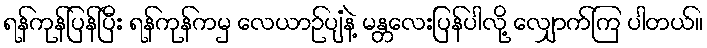
ရန်ကုန်ပြန်ပြီး ရန်ကုန်ကမှ လေယာဉ်ပျံနဲ့ မန္တလေးပြန်ပါလို့ လျှောက်ကြ ပါတယ်။